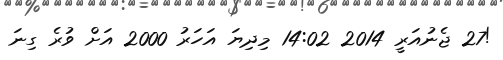
!27 ޖެނުއަރީ 2014 14:02 މިދިޔަ އަހަރު 2000 އަށް ވުރެ ގިނަ